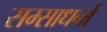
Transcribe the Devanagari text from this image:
सम्साधनों